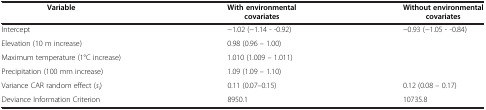
<table><thead><tr><td><b>Variable</b></td><td><b>With environmental covariates</b></td><td><b>Without environmental covariates</b></td></tr></thead><tbody><tr><td>Intercept</td><td>−1.02 (−1.14 - -0.92)</td><td>−0.93 (−1.05 - -0.84)</td></tr><tr><td>Elevation (10 m increase)</td><td>0.98 (0.96 – 1.00)</td><td> </td></tr><tr><td>Maximum temperature (1°C increase)</td><td>1.010 (1.009 – 1.011)</td><td> </td></tr><tr><td>Precipitation (100 mm increase)</td><td>1.09 (1.09 – 1.10)</td><td> </td></tr><tr><td>Variance CAR random effect (<i>s</i><sub><i>i</i></sub>)</td><td>0.11 (0.07–0.15)</td><td>0.12 (0.08 – 0.17)</td></tr><tr><td>Deviance Information Criterion</td><td>8950.1</td><td>10735.8</td></tr></tbody></table>